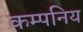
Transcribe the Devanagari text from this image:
कम्पनिय